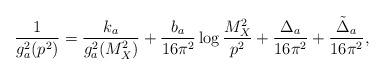
LaTeX: \begin{align*}\frac{1}{g_a^2(p^2)} = \frac{k_a}{g_a^2(M^2_{X})}+ \frac{b_a}{16 \pi^2} \log \frac{M^2_{X}}{p^2} +\frac{\Delta_{a}}{16 \pi^2} +\frac{{\tilde \Delta}_a}{16 \pi^2},\end{align*}